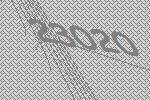
23020